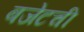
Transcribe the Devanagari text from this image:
बजेटची